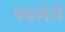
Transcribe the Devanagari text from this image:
पडलेलें